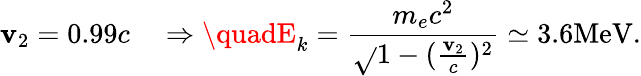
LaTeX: \mathbf{v}_{2}=0.99c\quad\Rightarrow\quadE_{k}=\frac{{m_{e}c^{2}}}{{\sqrt{}{{1-(\frac{{\mathbf{v}_{2}}}{{c}})^{2}}}}}\simeq3.6\mathrm{{MeV}}.